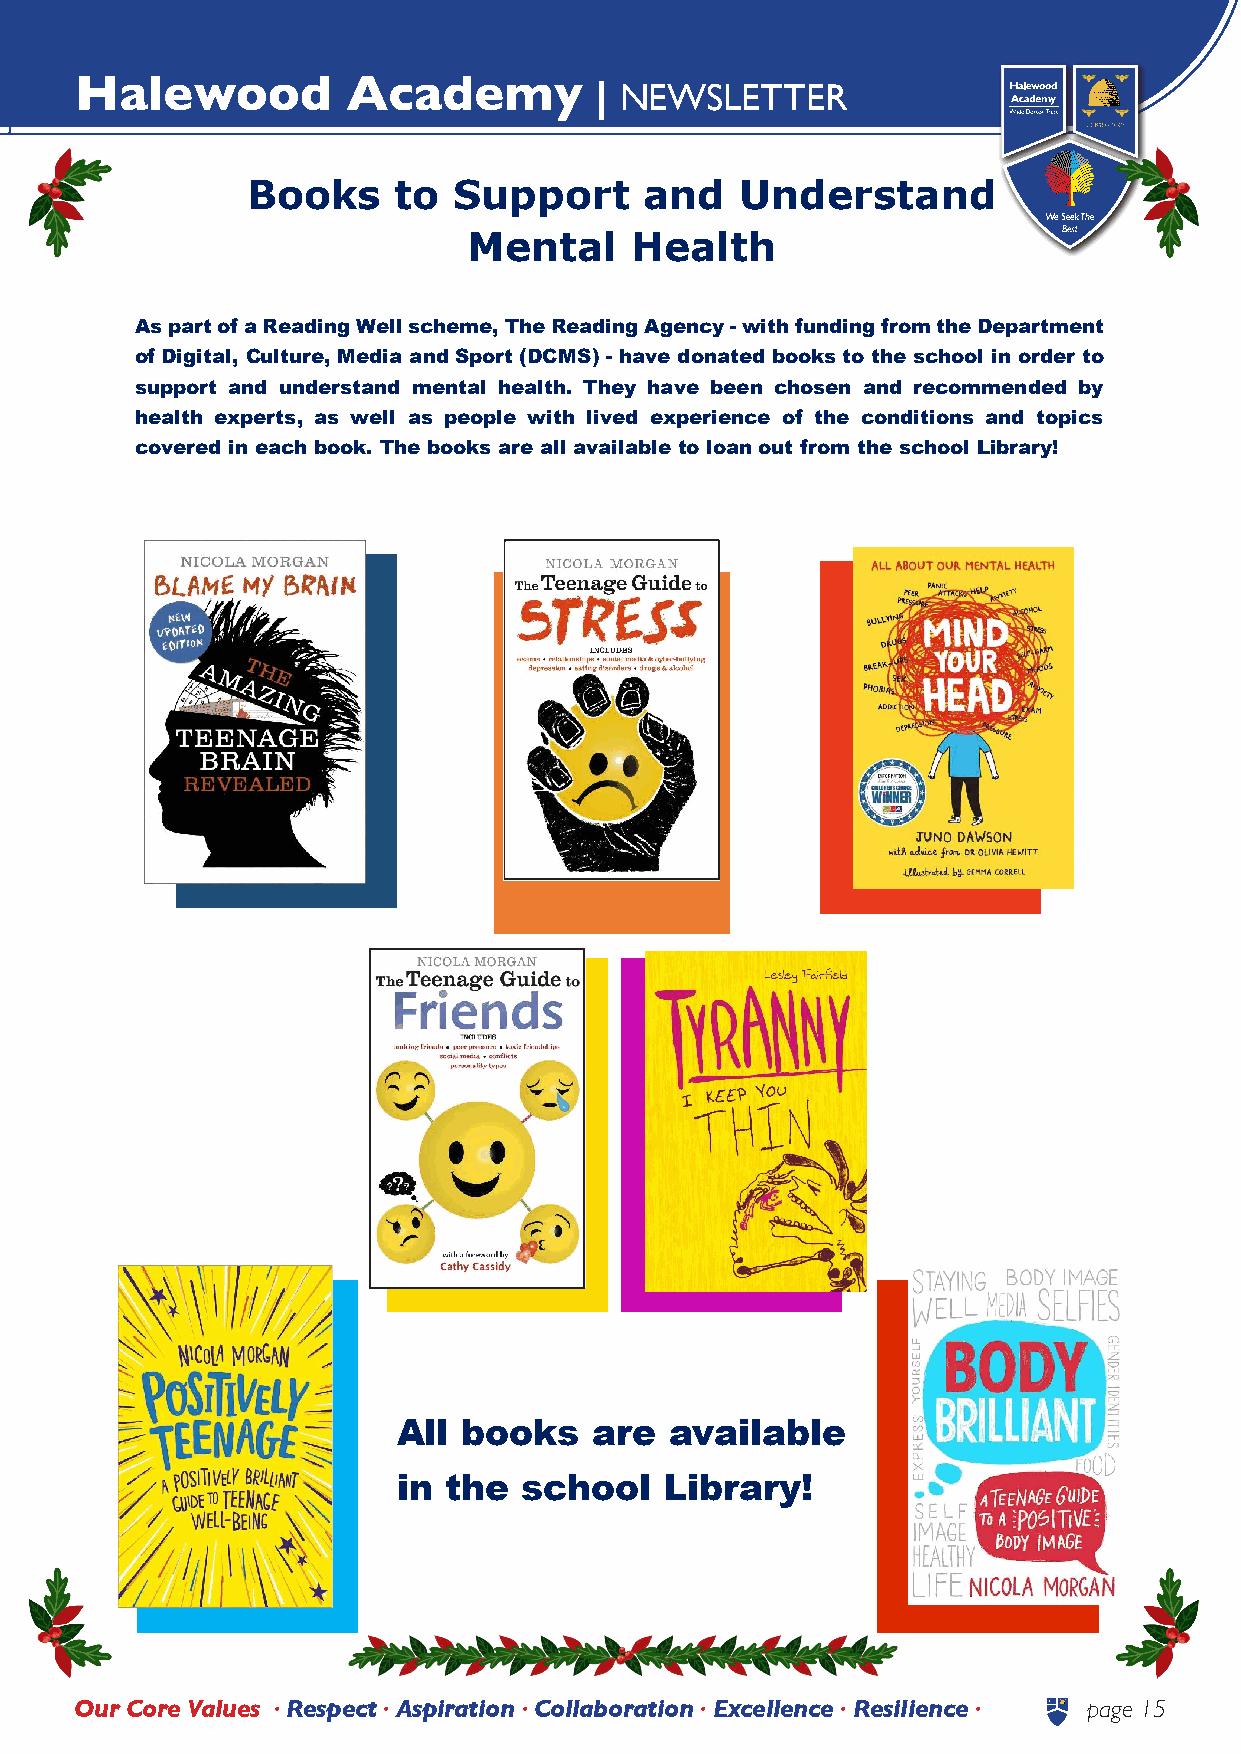
Halewood          Academy         | NEWSLETTER
 Books     to  Support      and   Understand
 Mental     Health
 As part of a Reading Well scheme, The Reading Agency - with funding from the Department
 of Digital, Culture, Media and Sport (DCMS) - have donated books to the school in order to
 support and understand mental health. They have been chosen and recommended by
 health experts, as well as people with lived experience of the conditions and topics
 covered in each book. The books are all available to loan out from the school Library!
 All  books   are  available
 in the  school    Library!
 Our Core Values • Respect • Aspiration • Collaboration • Excellence • Resilience • page 15